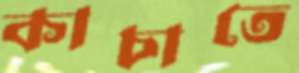
কাচাতে